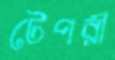
টেপরী